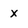
Character: x